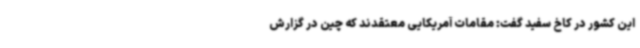
این کشور در کاخ سفید گفت: مقامات آمریکایی معتقدند که چین در گزارش